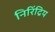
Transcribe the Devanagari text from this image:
निरिंद्रिय